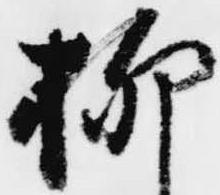
柳